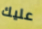
عليك